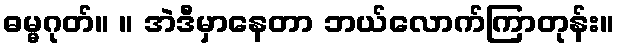
ဓမ္မဂုတ်။ ။ အဲဒီမှာနေတာ ဘယ်လောက်ကြာတုန်း။